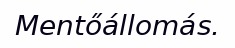
Mentőállomás.